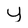
Character: Y